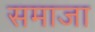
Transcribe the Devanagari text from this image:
समाजा